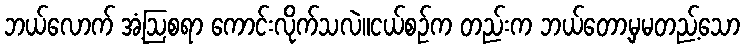
ဘယ်လောက် အံ့ဩစရာ ကောင်းလိုက်သလဲ။ငယ်စဉ်က တည်းက ဘယ်တော့မှမတည့်သော